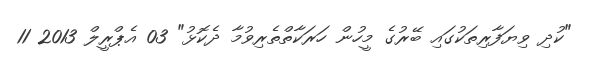
"ކުދި ވިޔަފާރިތަކުގައި ބޭރުގެ މީހުން ހަރަކާތްތެރިވުމާ ދެކޮޅު" 03 އެޕްރީލް 2013 11